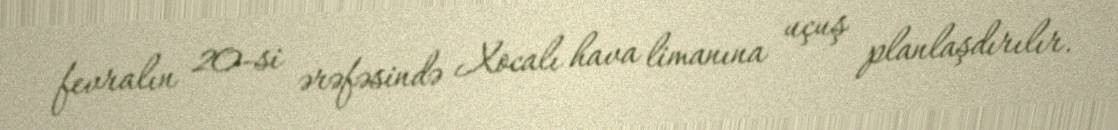
fevralın 20-si ərəfəsində Xocalı hava limanına uçuş planlaşdırılır.